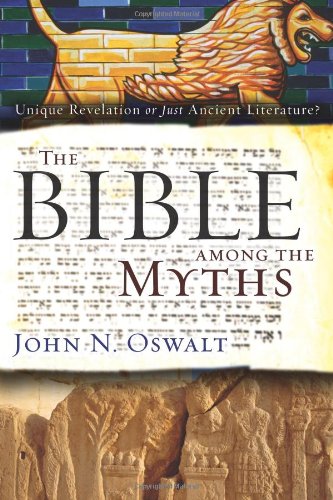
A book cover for The Bible among the Myths: Unique Revelation or Just Ancient Literature?; John N. Oswalt; Christian Books & Bibles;